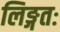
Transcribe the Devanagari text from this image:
लिङ्गतः